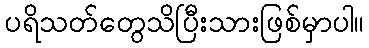
ပရိသတ်တွေသိပြီးသားဖြစ်မှာပါ။